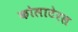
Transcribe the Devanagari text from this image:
कोलाटेरल